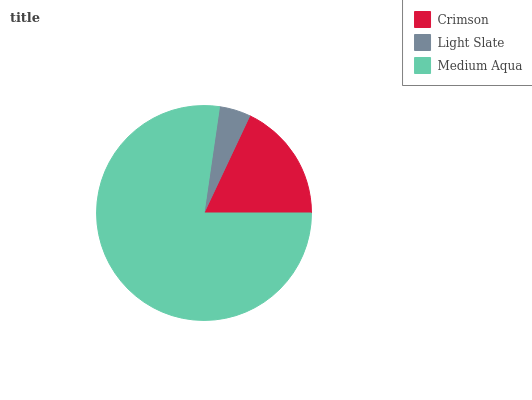
| Crimson | Light Slate | Medium Aqua |
 | --- | --- | --- |
 | 18% | 4.71% | 77.3% |